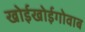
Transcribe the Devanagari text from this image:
खोईखोईगोवाब